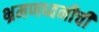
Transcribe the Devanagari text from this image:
भ्रमणध्वनीची